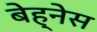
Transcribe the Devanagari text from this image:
बेह्नेस